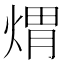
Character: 煟